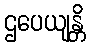
ဌပေယျန္တိ